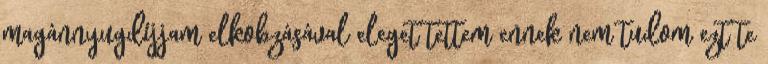
magánnyugdíjjam elkobzásával eleget tettem ennek nem tudom ezt te